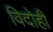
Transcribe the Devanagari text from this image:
विदोही